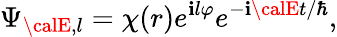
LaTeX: \Psi_{{\calE},l}=\chi(r)e^{\mathbf{i}l\varphi}e^{-\mathbf{i}{\calE}t/\hbar},